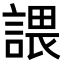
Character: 𧪏